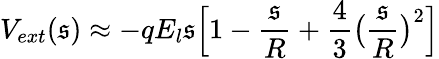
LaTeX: V_{ext}(\mathfrak{s})\approx-qE_{l}\mathfrak{s}\Big[1-\frac{{\mathfrak{s}}}{{R}}+\frac{{4}}{{3}}\big(\frac{{\mathfrak{s}}}{{R}}\big)^{2}\Big]